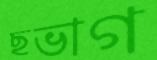
ছভাগ